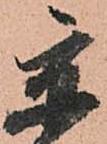
京